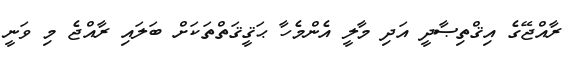
ރާއްޖޭގެ އިޤްތިޞާދީ އަދި މާލީ އެންމެހާ ޙަޤީޤަތްތަކަށް ބަލައި ރާއްޖެ މި ވަނީ